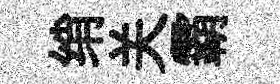
绡关霸